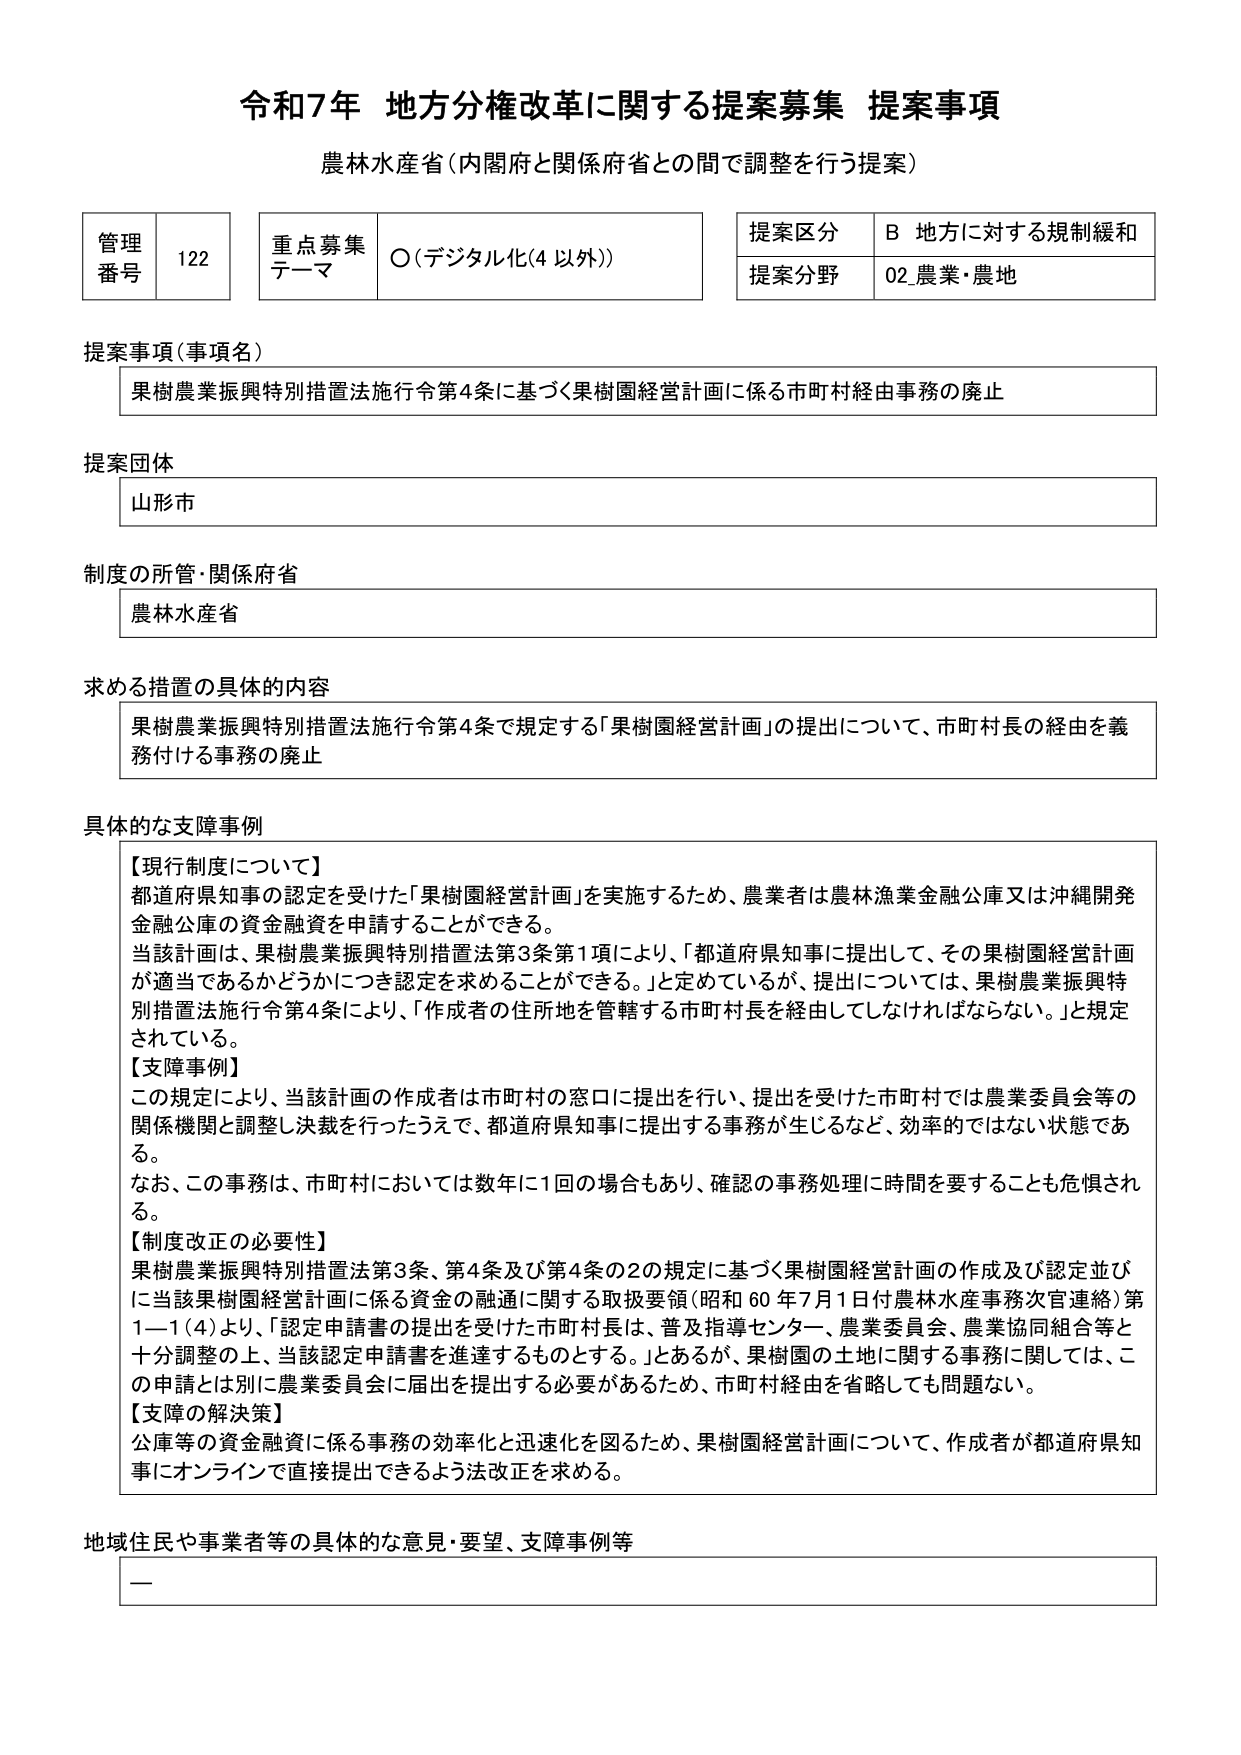
令和7年 地方分権改革に関する提案募集 提案事項
農林水産省（内閣府と関係府省との間で調整を行う提案）

管理番号 122
重点募集テーマ ○（デジタル化（4 以外））
提案区分 B 地方に対する規制緩和
提案分野 02 農業・農地

提案事項（事項名）
果樹農業振興特別措置法施行令第4条に基づく果樹園経営計画に係る市町村経由事務の廃止

提案団体
山形市

制度の所管・関係府省
農林水産省

求める措置の具体的内容
果樹農業振興特別措置法施行令第4条で規定する「果樹園経営計画」の提出について、市町村長の経由を義務付ける事務の廃止

具体的な支障事例
【現行制度について】
都道府県知事の認定を受けた「果樹園経営計画」を実施するため、農業者は農林漁業金融公庫又は沖縄開発金融公庫の資金融資を申請することができる。
当該計画は、果樹農業振興特別措置法第3条第1項により、「都道府県知事に提出して、その果樹園経営計画が適当であるかどうかにつき認定を求めることができる。」と定めているが、提出については、果樹農業振興特別措置法施行令第4条により、「作成者の住所地を管轄する市町村長を経由してしなければならない。」と規定されている。
【支障事例】
この規定により、当該計画の作成者は市町村の窓口に提出を行い、提出を受けた市町村では農業委員会等の関係機関と調整し決裁を行ったうえで、都道府県知事に提出する事務が生じるなど、効率的ではない状態である。
なお、この事務は、市町村においては数年に1回の場合もあり、確認の事務処理に時間を要することも危惧される。
【制度改正の必要性】
果樹農業振興特別措置法第3条、第4条及び第4条の2の規定に基づく果樹園経営計画の作成及び認定並びに当該果樹園経営計画に係る資金の融通に関する取扱要領（昭和60年7月1日付農林水産事務次官連絡）第1－1（4）より、「認定申請書の提出を受けた市町村長は、普及指導センター、農業委員会、農業協同組合等と十分調整の上、当該認定申請書を進達するものとする。」とあるが、果樹園の土地に関する事務に関しては、この申請とは別に農業委員会に届出を提出する必要があるため、市町村経由を省略しても問題ない。
【支障の解決策】
公庫等の資金融資に係る事務の効率化と迅速化を図るため、果樹園経営計画について、作成者が都道府県知事にオンラインで直接提出できるよう法改正を求める。

地域住民や事業者等の具体的な意見・要望、支障事例等
ー